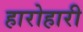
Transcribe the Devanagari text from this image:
हारोहारी